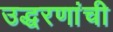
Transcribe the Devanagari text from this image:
उद्धरणांची